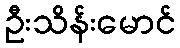
ဦးသိန်းမောင်